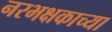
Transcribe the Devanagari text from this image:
नरभक्षकाच्या